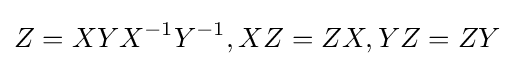
Z=XYX^{-1}Y^{-1},XZ=ZX,YZ=ZY